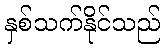
နှစ်သက်နိုင်သည်